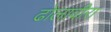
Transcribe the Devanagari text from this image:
ढोलावीरा